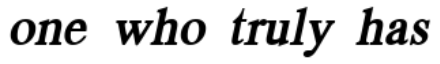
one who truly has